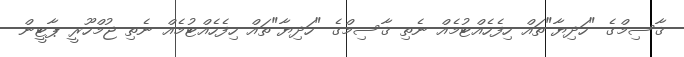
ޤާސިމްގެ "ހަދިޔާ"ތައް ހިފެހެއްޓުމެއް ނެތި ޤާސިމްގެ "ހަދިޔާ"ތައް ހިފެހެއްޓުމެއް ނެތި ޖުމްހޫރީ ޕާޓީން